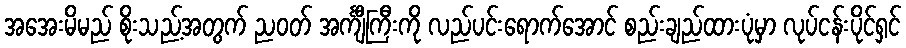
အအေးမိမည် စိုးသည့်အတွက် ညဝတ် အင်္ကျီကြီးကို လည်ပင်းရောက်အောင် စည်းချည်ထားပုံမှာ လုပ်ငန်းပိုင်ရှင်